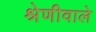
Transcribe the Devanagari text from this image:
श्रेणीवाले